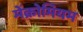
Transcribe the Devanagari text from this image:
मेंक्रोमियम